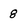
Character: 8